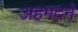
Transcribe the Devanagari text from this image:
अहमदने